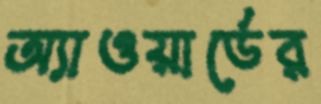
অ্যাওয়ার্ডের